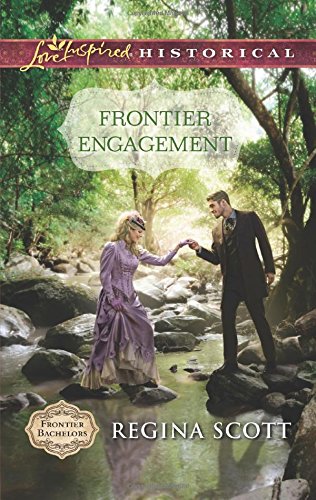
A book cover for Frontier Engagement (Frontier Bachelors); Regina Scott; Christian Books & Bibles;